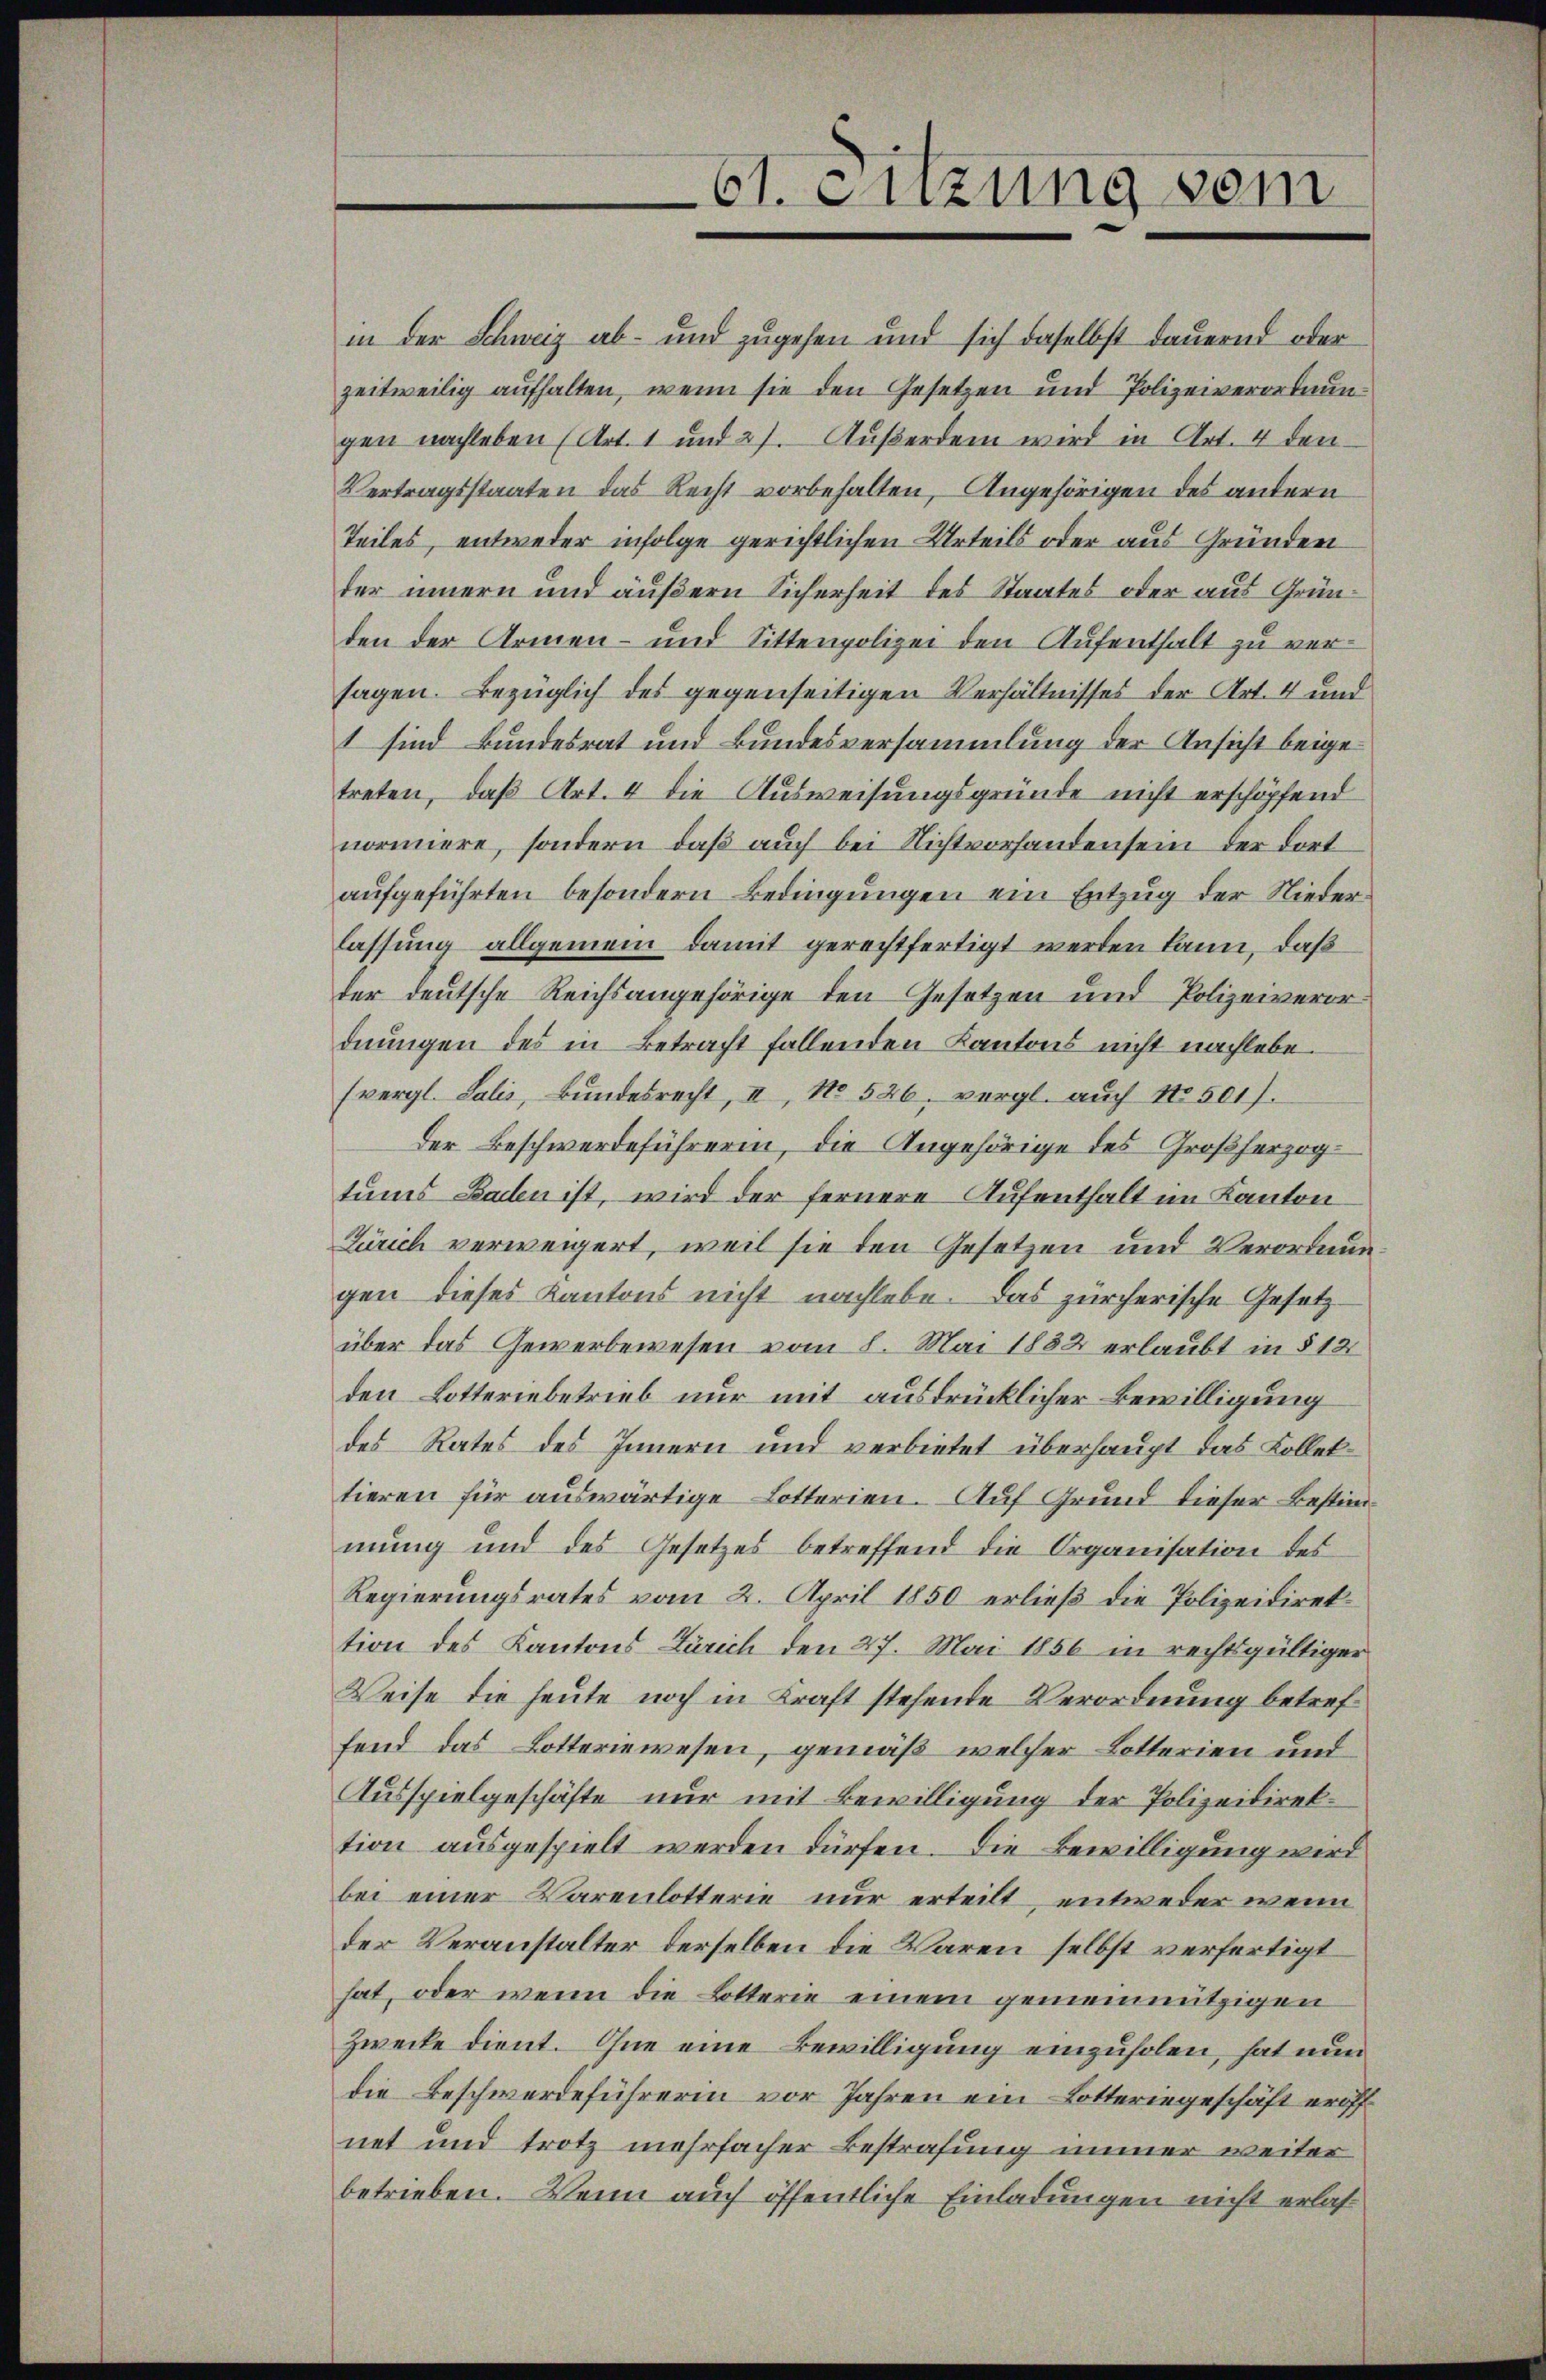
61. Sizung vom

in der Schweiz ab- und zugehen und sich daselbst dauernd oder
zeitweilig aufhalten, wenn sie den Gesetzen und Polizeiverordnungen nachleben (Art. 1 und 27. Außerdem wird in Art. 4 den¬
Vertragsstaaten das Recht vorbehalten, Angehörigen des andern
Teiles, entweder infolge gerichtlichen Urteils oder aus Gründen
der innern und äußern Sicherheit des Staates oder aus Gründen der Armen- und Sittenpolizei den Aufenthalt zu versagen. Bezüglich des gegenseitigen Verhältnisses der Art. 4 und
1 sind Bundesrat und Bundesversammlung der Ansicht beigetreten, daß Art. 4 die Ausweisungsgründe nicht erschöpfend
normiere, sondern, daß auch bei Nichtvorhanden sein der dort
aufgeführten besondern Bedingungen ein Entzug der Niederlassung allgemein damit gerechtfertigt werden kann, daß
der deutsche Reichsangehörige den Gesetzen und Polizeiveror
dnungen des in Betracht fallenden Kantons nicht nachlebe.
(vergl. Lalis, Bŭndesrecht, II, No 526, vergl. auch No. 501).
Der Beschwerdeführerin, die Angehörige des Großherzogtums Bachen ist, wird der fernere Aufenthalt im Kanton
Zürich verweigert, weil sie den Gesetzen und Verordnungen dieses Kantons nicht nachlebe. Das zürcherische Gesetz
über das Gewerbewesen vom 8. Mai 1882 erlaubt in § 12
den Lotteriebetrieb nur mit ausdrücklicher Bewilligung
des Rates des Innern und verbietet überhaupt das Kollektieren für auswärtige Lotterien. Auf Grund dieser Bestimmung und des Gesetzes betreffend die Organisation des
Regierungsrates vom 2. April 1850 erließ die Polizeidirektion des Kantons Zürich den 27. Mai 1856 in rechtsgültiger
Weise die heute noch in Kraft stehende Verordnung betreffend das Lotteriewesen, gemäß welcher Lotterien und
Ausspielgeschäfte nur mit Bewilligung der Polizeidirektion ausgespielt werden dürfen. Die Bewilligung wird
bei einer Varenlotterie nur erteilt, entweder wenn
der Veranstalter derselben die Waren selbst verfertigt
hat, oder wenn die Lotterie einem gemeinnützigen
Zwecke dient. Ohne eine Bewilligung einzuholen, hat nun
die Beschwerdeführerin vor Jahren ein Lotteringeschäft eröff
net und trotz mehrfacher Bestrafung immer weiter
betrieben. Wenn auch öffentliche Einladungen nicht erlas¬